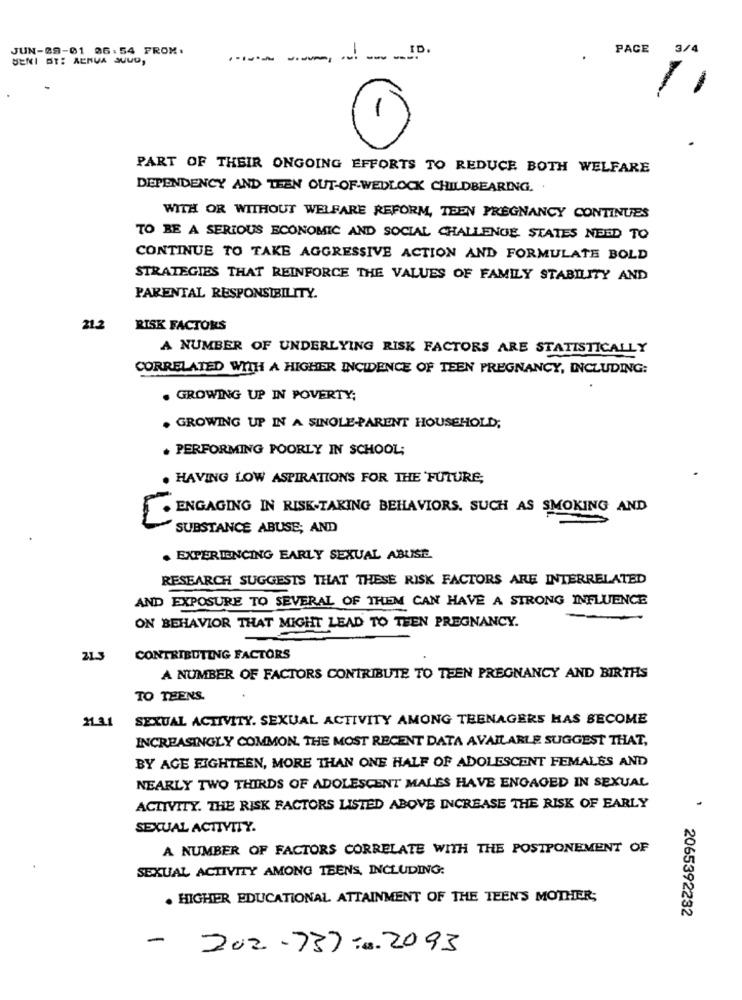
JUN-09-01 06:54 FROM:
-
PACE 3/4
SENI ST: AERVA SUUD,
------
-
PART OF THEIR ONGOING EFFORTS TO REDUCE BOTH WELFARE
DEPENDENCY AND TEEN OUT-OF-WEDLOCK CHILDBEARING. .
WITH OR WITHOUT WELFARE REFORM, TEEN PREGNANCY CONTINUES
TO BE A SERIOUS ECONOMIC AND SOCIAL CHALLENGE STATES NEED TO
CONTINUE TO TAKE AGGRESSIVE ACTION AND FORMULATE BOLD
STRATEGIES THAT REINFORCE THE VALUES OF FAMILY STABILITY AND
PARENTAL RESPONSIBILITY.
21.2
RISK FACTORS
A NUMBER OF UNDERLYING RISK FACTORS ARE STATISTICALLY
CORRELATED WITH A HIGHER INCIDENCE OF TEEN PREGNANCY, INCLUDING:
. GROWING UP IN POVERTY;
. GROWING UP IN A SINGLE-PARENT HOUSEHOLD;
. PERFORMING POORLY IN SCHOOL;
HAVING LOW ASPIRATIONS FOR THE FUTURE;
ENGAGING IN RISK-TAKING BEHAVIORS. SUCH AS SMOKING AND
SUBSTANCE ABUSE; AND
. EXPERIENCING EARLY SEXUAL ABUSE.
RESEARCH SUGGESTS THAT THESE RISK FACTORS ARE INTERRELATED
AND EXPOSURE TO SEVERAL OF THEM CAN HAVE A STRONG INFLUENCE
ON BEHAVIOR THAT MIGHT LEAD TO THEN PREGNANCY.
21.3
CONTRIBUTING FACTORS
A NUMBER OF FACTORS CONTRIBUTE TO TEEN PREGNANCY AND BIRTHS
TO THENS.
21.3.1
SEXUAL ACTIVITY. SEXUAL ACTIVITY AMONG TEENAGERS HAS BECOME
INCREASINGLY COMMON. THE MOST RECENT DATA AVAILABLE SUGGEST THAT,
BY AGE EIGHTEEN, MORE THAN ONE HALF OF ADOLESCENT FEMALES AND
NEARLY TWO THIRDS OF ADOLESCENT MALES HAVE ENGAGED IN SEXUAL
ACTIVITY. THE RISK FACTORS LISTED ABOVE INCREASE THE RISK OF EARLY
SEXUAL ACTIVITY.
A NUMBER OF FACTORS CORRELATE WITH THE POSTPONEMENT OF
SEXUAL ACTIVITY AMONG TEENS, INCLUDING:
. HIGHER EDUCATIONAL ATTAINMENT OF THE TEEN'S MOTHER;
2065392232
-
202.737 ... 2093